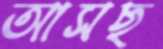
আসছ